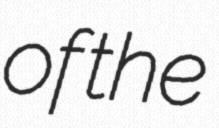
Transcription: of the